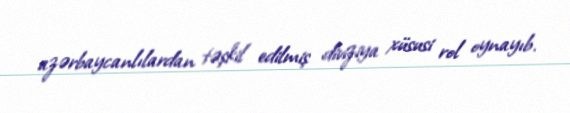
azərbaycanlılardan təşkil edilmiş diviziya xüsusi rol oynayıb.